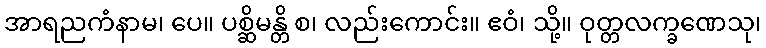
အာရညကံနာမ၊ ပေ။ ပစ္ဆိမန္တိ စ၊ လည်းကောင်း။ ဧဝံ၊ သို့။ ဝုတ္တလက္ခဏေသု၊